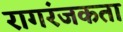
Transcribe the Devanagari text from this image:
रागरंजकता